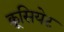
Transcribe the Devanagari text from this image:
क्रूसियेट